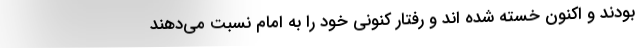
بودند و اکنون خسته شده اند و رفتار کنونی خود را به امام نسبت می‌دهند